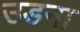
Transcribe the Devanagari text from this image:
उडना